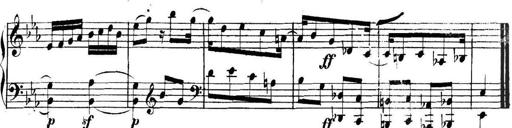
Title: Collected Piano Sonatas
Composer: Muzio Clementi